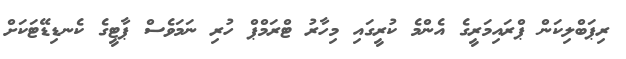
ރިޕަބްލިކަން ޕްރައިމަރީގެ އެންމެ ކުރީގައި މިހާރު ޓްރަމްޕް ހުރި ނަމަވެސް ޕާޓީގެ ކެނޑިޑޭޓަކަށް